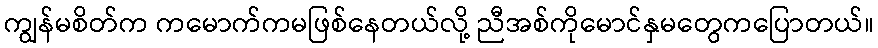
ကျွန်မစိတ်က ကမောက်ကမဖြစ်နေတယ်လို့ ညီအစ်ကိုမောင်နှမတွေကပြောတယ်။